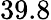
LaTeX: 39.8